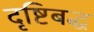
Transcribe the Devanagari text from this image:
दृष्टिबद्ध